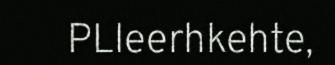
PLleerhkehte,